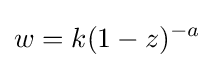
w=k(1-z)^{-a}